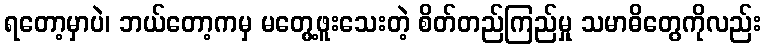
ရတော့မှာပဲ၊ ဘယ်တော့ကမှ မတွေ့ဖူးသေးတဲ့ စိတ်တည်ကြည်မှု သမာဓိတွေကိုလည်း